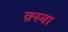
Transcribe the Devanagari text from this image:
क़्स्बा